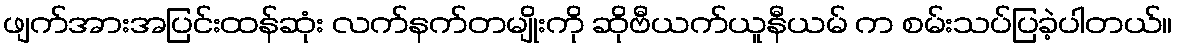
ဖျက်အားအပြင်းထန်ဆုံး လက်နက်တမျိုးကို ဆိုဗီယက်ယူနီယမ် က စမ်းသပ်ပြခဲ့ပါတယ်။